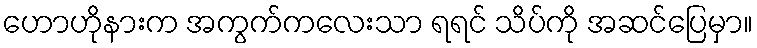
ဟောဟိုနားက အကွက်ကလေးသာ ရရင် သိပ်ကို အဆင်ပြေမှာ။